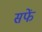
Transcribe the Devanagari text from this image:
सफें